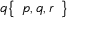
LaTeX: q { \left\{ \begin{array} { l } { p , q , r } \end{array} \right\} }